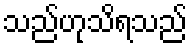
သည်ဟုသိရသည်